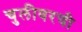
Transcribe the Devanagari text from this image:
चुलीवरची